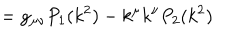
= g _ { \mu \nu } P _ { 1 } ( k ^ { 2 } ) - k ^ { \mu } k ^ { \nu } P _ { 2 } ( k ^ { 2 } )